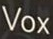
Vox